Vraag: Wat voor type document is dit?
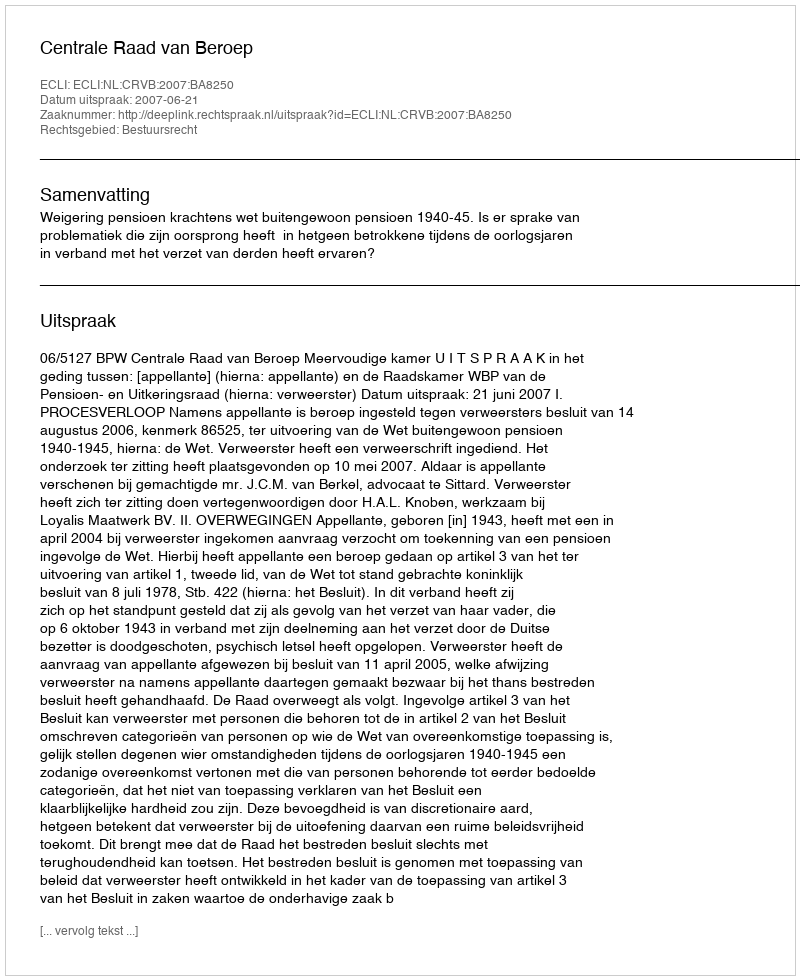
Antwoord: Uitspraak